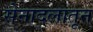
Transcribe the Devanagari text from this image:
सेनादलातून